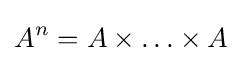
A^{n}=A\times \ldots \times A